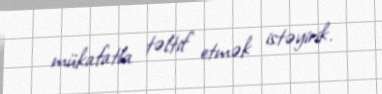
mükafatla təltif etmək istəyirik.